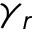
\gamma _ { r }